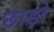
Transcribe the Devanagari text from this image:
छाड़ो